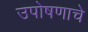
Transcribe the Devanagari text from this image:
उपोषणाचे